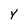
Character: Y